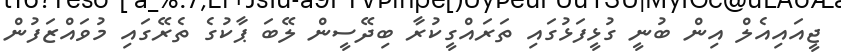
ޖީއައިއެލް އިން ބުނީ ގުޅީފަޅުގައި ތަރައްގީކުރާ ބިދޭސީން ލޭބަ ޕާކުގެ ތެރޭގައި މުވައްޒަފުން